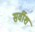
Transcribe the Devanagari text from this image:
सर्वीश